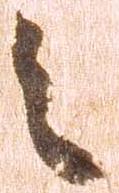
之